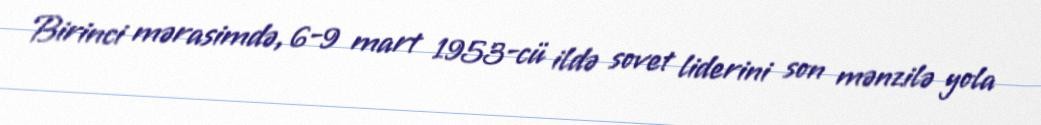
Birinci mərasimdə, 6-9 mart 1953-cü ildə sovet liderini son mənzilə yola